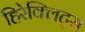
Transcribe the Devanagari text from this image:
हिरेक्लिट्स